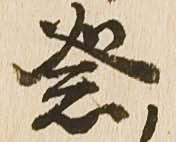
祭